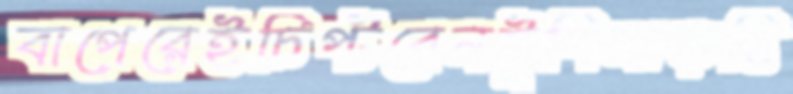
বাপেরেইচিপ্‌টবেনটুপিমাড়ছি